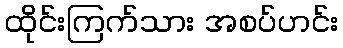
ထိုင်းကြက်သား အစပ်ဟင်း